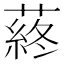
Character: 蔠